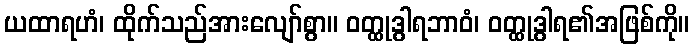
ယထာရဟံ၊ ထိုက်သည်အားလျော်စွာ။ ဝတ္ထုဒွါရဘာဝံ၊ ဝတ္ထုဒွါရ၏အဖြစ်ကို။